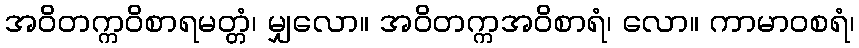
အဝိတက္ကဝိစာရမတ္တံ၊ မျှလော။ အဝိတက္ကအဝိစာရံ၊ လော။ ကာမာဝစရံ၊